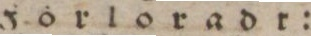
Förloradr: